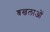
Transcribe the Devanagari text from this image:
श्रखलाओं